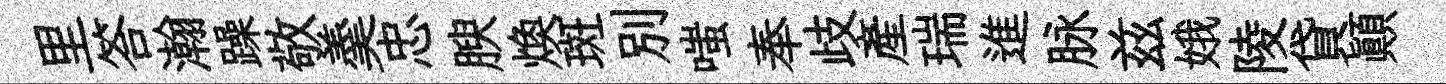
里答瀚躁敬羮忠腴焕斑別嗤奉歧産瑞進脉兹娥陵貸顛